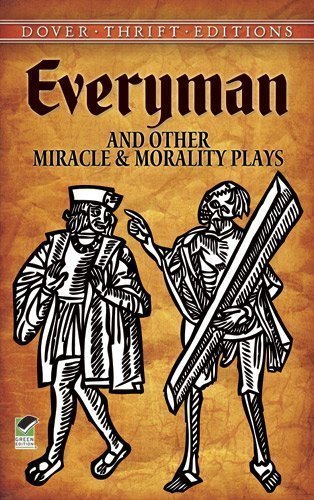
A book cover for Everyman and Other Miracle and Morality Plays (Dover Thrift Editions) 1st (first) Edition by Anonymous published by Dover Publications (1995); Literature & Fiction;